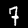
Label: 7